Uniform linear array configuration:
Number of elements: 32
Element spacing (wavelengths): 0.75
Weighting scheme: kaiser
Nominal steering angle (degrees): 15
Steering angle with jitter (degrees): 16.679
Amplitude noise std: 0.05
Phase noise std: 0.05

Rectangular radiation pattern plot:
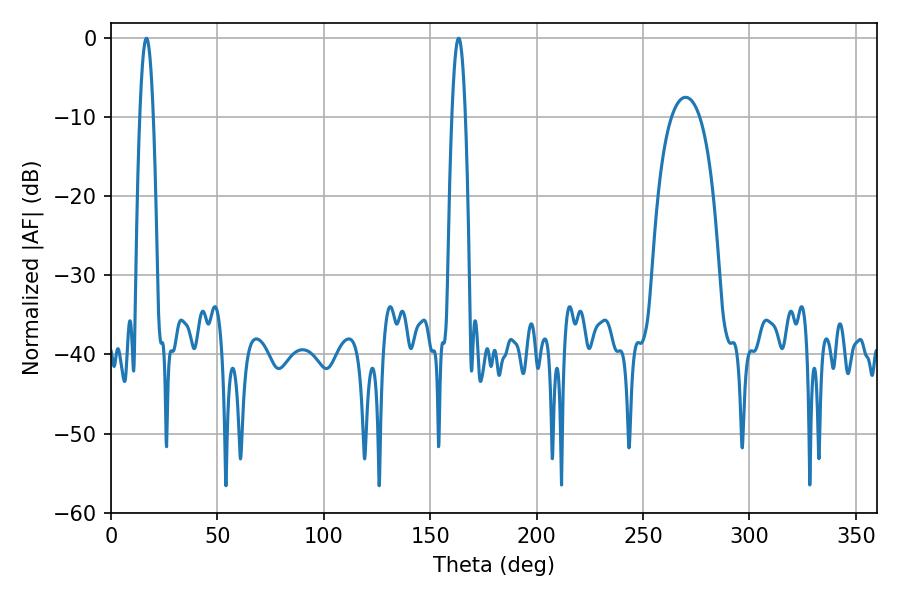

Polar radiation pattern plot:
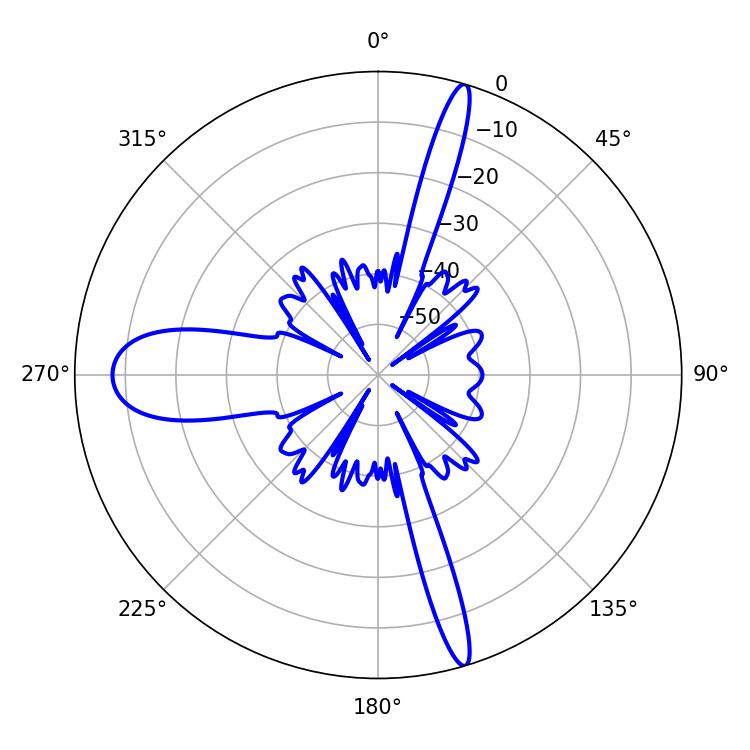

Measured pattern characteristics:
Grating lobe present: TRUE
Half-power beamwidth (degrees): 3.42
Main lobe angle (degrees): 16.74